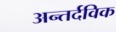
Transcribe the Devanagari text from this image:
अन्तर्दविक